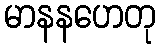
မာနနဟေတု